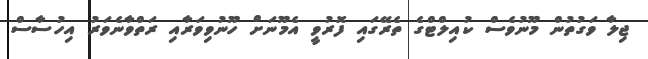
ޖިލާ ވަގުތުން މޫނުވެސް ކުއިލްޓްގެ ތެރޭގައި ފޮރުވީ އެމޫނަށް ހޫނުވިވަރާއި ރަތްވާނެވަރު އިހުސާސް